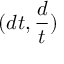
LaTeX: ( d t , { \frac { d } { t } } )